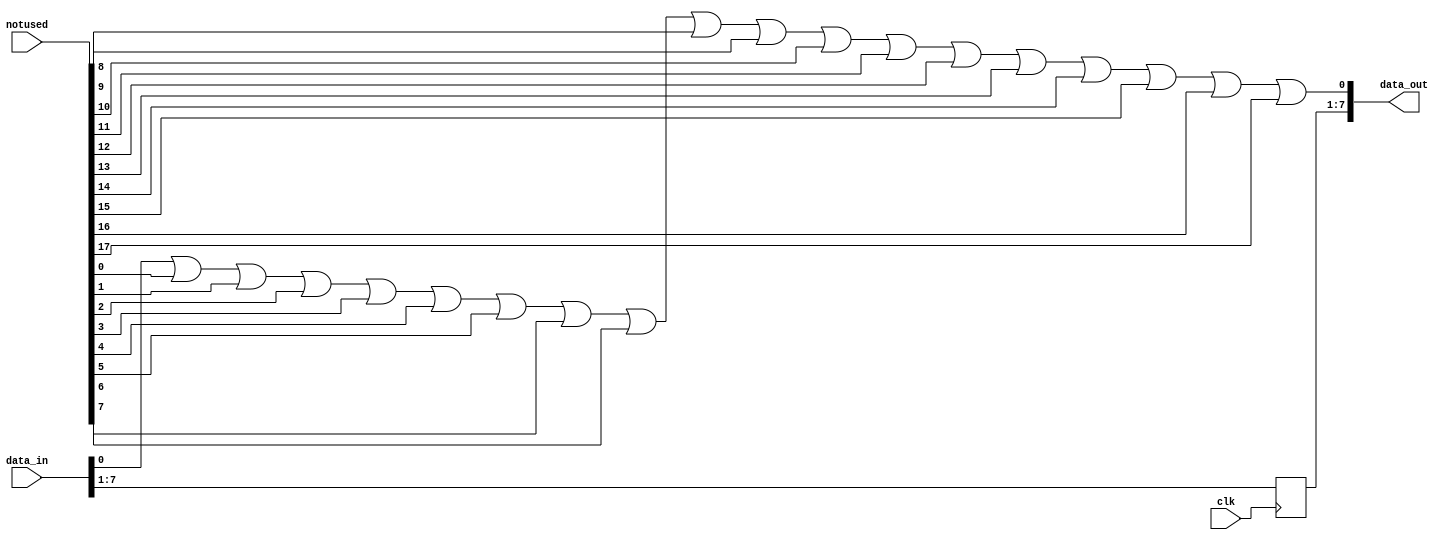
module passthrough (input clk, input[17:0] notused, input[7:0] data_in, output[7:0] data_out);

always @ (posedge clk) begin
  data_out[7:1] = data_in[7:1];
end

assign data_out[0] = data_in[0] | notused[0]  |
	                          notused[1]  |
	                          notused[2]  |
	                          notused[3]  |
	                          notused[4]  |
	                          notused[5]  |
	                          notused[6]  |
	                          notused[7]  |
	                          notused[8]  |
	                          notused[9]  |
	                          notused[10] |
	                          notused[11] |
	                          notused[12] |
	                          notused[13] |
	                          notused[14] |
	                          notused[15] |
	                          notused[16] |
	                          notused[17];

endmodule